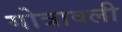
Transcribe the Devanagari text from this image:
गोत्रावली